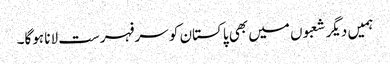
ہمیں دیگر شعبوں میں بھی پاکستان کو سرفہرست لانا ہوگا۔